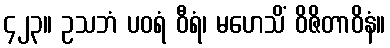
၄၂၃။ ဥသဘံ ပဝရံ ဝီရံ၊ မဟေသိံ ဝိဇိတာဝိနံ။